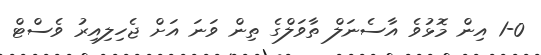
1-0 އިން މޮޅުވެ އާސެނަލް ތާވަލްގެ ތިން ވަނަ އަށް ޖެހިލިއިރު ވެސްޓް